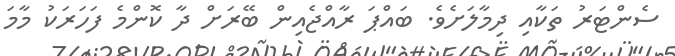
ސެންޓަރު ތަކާއި ދިމާލަށެވެ. ބައްޕަ ރާއްޖެއިން ބޭރަށް ދާ ކޮންމެ ފަހަރަކު މާމަ